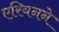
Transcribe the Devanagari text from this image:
एरियनने